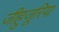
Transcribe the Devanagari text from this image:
जीहुजूरिया